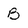
Character: B